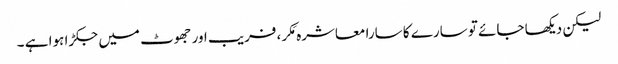
لیکن دیکھا جائے تو سارے کا سارا معاشرہ مَکر، فریب اور جھوٹ میں جکڑا ہوا ہے ۔